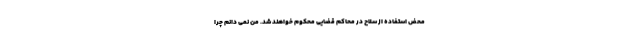
محض استفاده از سلاح در محاکم قضایی محکوم خواهند شد. من نمی دانم چرا